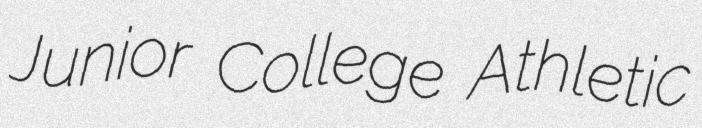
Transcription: Junior College Athletic